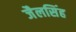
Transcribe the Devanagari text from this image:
जैलसिंह